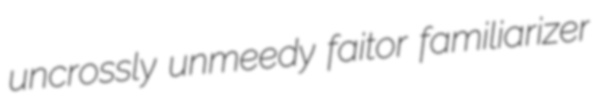
uncrossly unmeedy faitor familiarizer